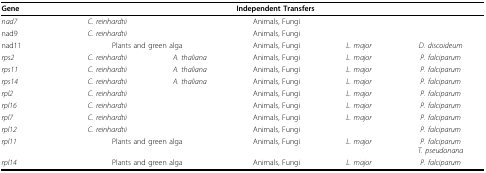
<table><thead><tr><td><b>Gene</b></td><td colspan="5"><b>Independent Transfers</b></td></tr></thead><tbody><tr><td><i>nad7</i></td><td><i>C. reinhardtii</i></td><td></td><td>Animals, Fungi</td><td></td><td></td></tr><tr><td>nad9</td><td><i>C. reinhardtii</i></td><td></td><td>Animals, Fungi</td><td></td><td></td></tr><tr><td>nad11</td><td colspan="2">Plants and green alga</td><td>Animals, Fungi</td><td><i>L. major</i></td><td><i>D. discoideum</i></td></tr><tr><td><i>rps2</i></td><td><i>C. reinhardtii</i></td><td><i>A. thaliana</i></td><td>Animals, Fungi</td><td><i>L. major</i></td><td><i>P. falciparum</i></td></tr><tr><td><i>rps11</i></td><td><i>C. reinhardtii</i></td><td><i>A. thaliana</i></td><td>Animals, Fungi</td><td><i>L. major</i></td><td><i>P. falciparum</i></td></tr><tr><td><i>rps14</i></td><td><i>C. reinhardtii</i></td><td><i>A. thaliana</i></td><td>Animals, Fungi</td><td><i>L. major</i></td><td><i>P. falciparum</i></td></tr><tr><td><i>rpl2</i></td><td><i>C. reinhardtii</i></td><td></td><td>Animals, Fungi</td><td><i>L. major</i></td><td><i>P. falciparum</i></td></tr><tr><td><i>rpl16</i></td><td><i>C. reinhardtii</i></td><td></td><td>Animals, Fungi</td><td><i>L. major</i></td><td><i>P. falciparum</i></td></tr><tr><td><i>rpl7</i></td><td><i>C. reinhardtii</i></td><td></td><td>Animals, Fungi</td><td><i>L. major</i></td><td><i>P. falciparum</i></td></tr><tr><td><i>rpl12</i></td><td><i>C. reinhardtii</i></td><td></td><td>Animals, Fungi</td><td></td><td><i>P. falciparum</i></td></tr><tr><td><i>rpl11</i></td><td colspan="2">Plants and green alga</td><td>Animals, Fungi</td><td><i>L. major</i></td><td><i>P. falciparum</i><i>T. pseudonana</i></td></tr><tr><td><i>rpl14</i></td><td colspan="2">Plants and green alga</td><td>Animals, Fungi</td><td><i>L. major</i></td><td><i>P. falciparum</i></td></tr></tbody></table>